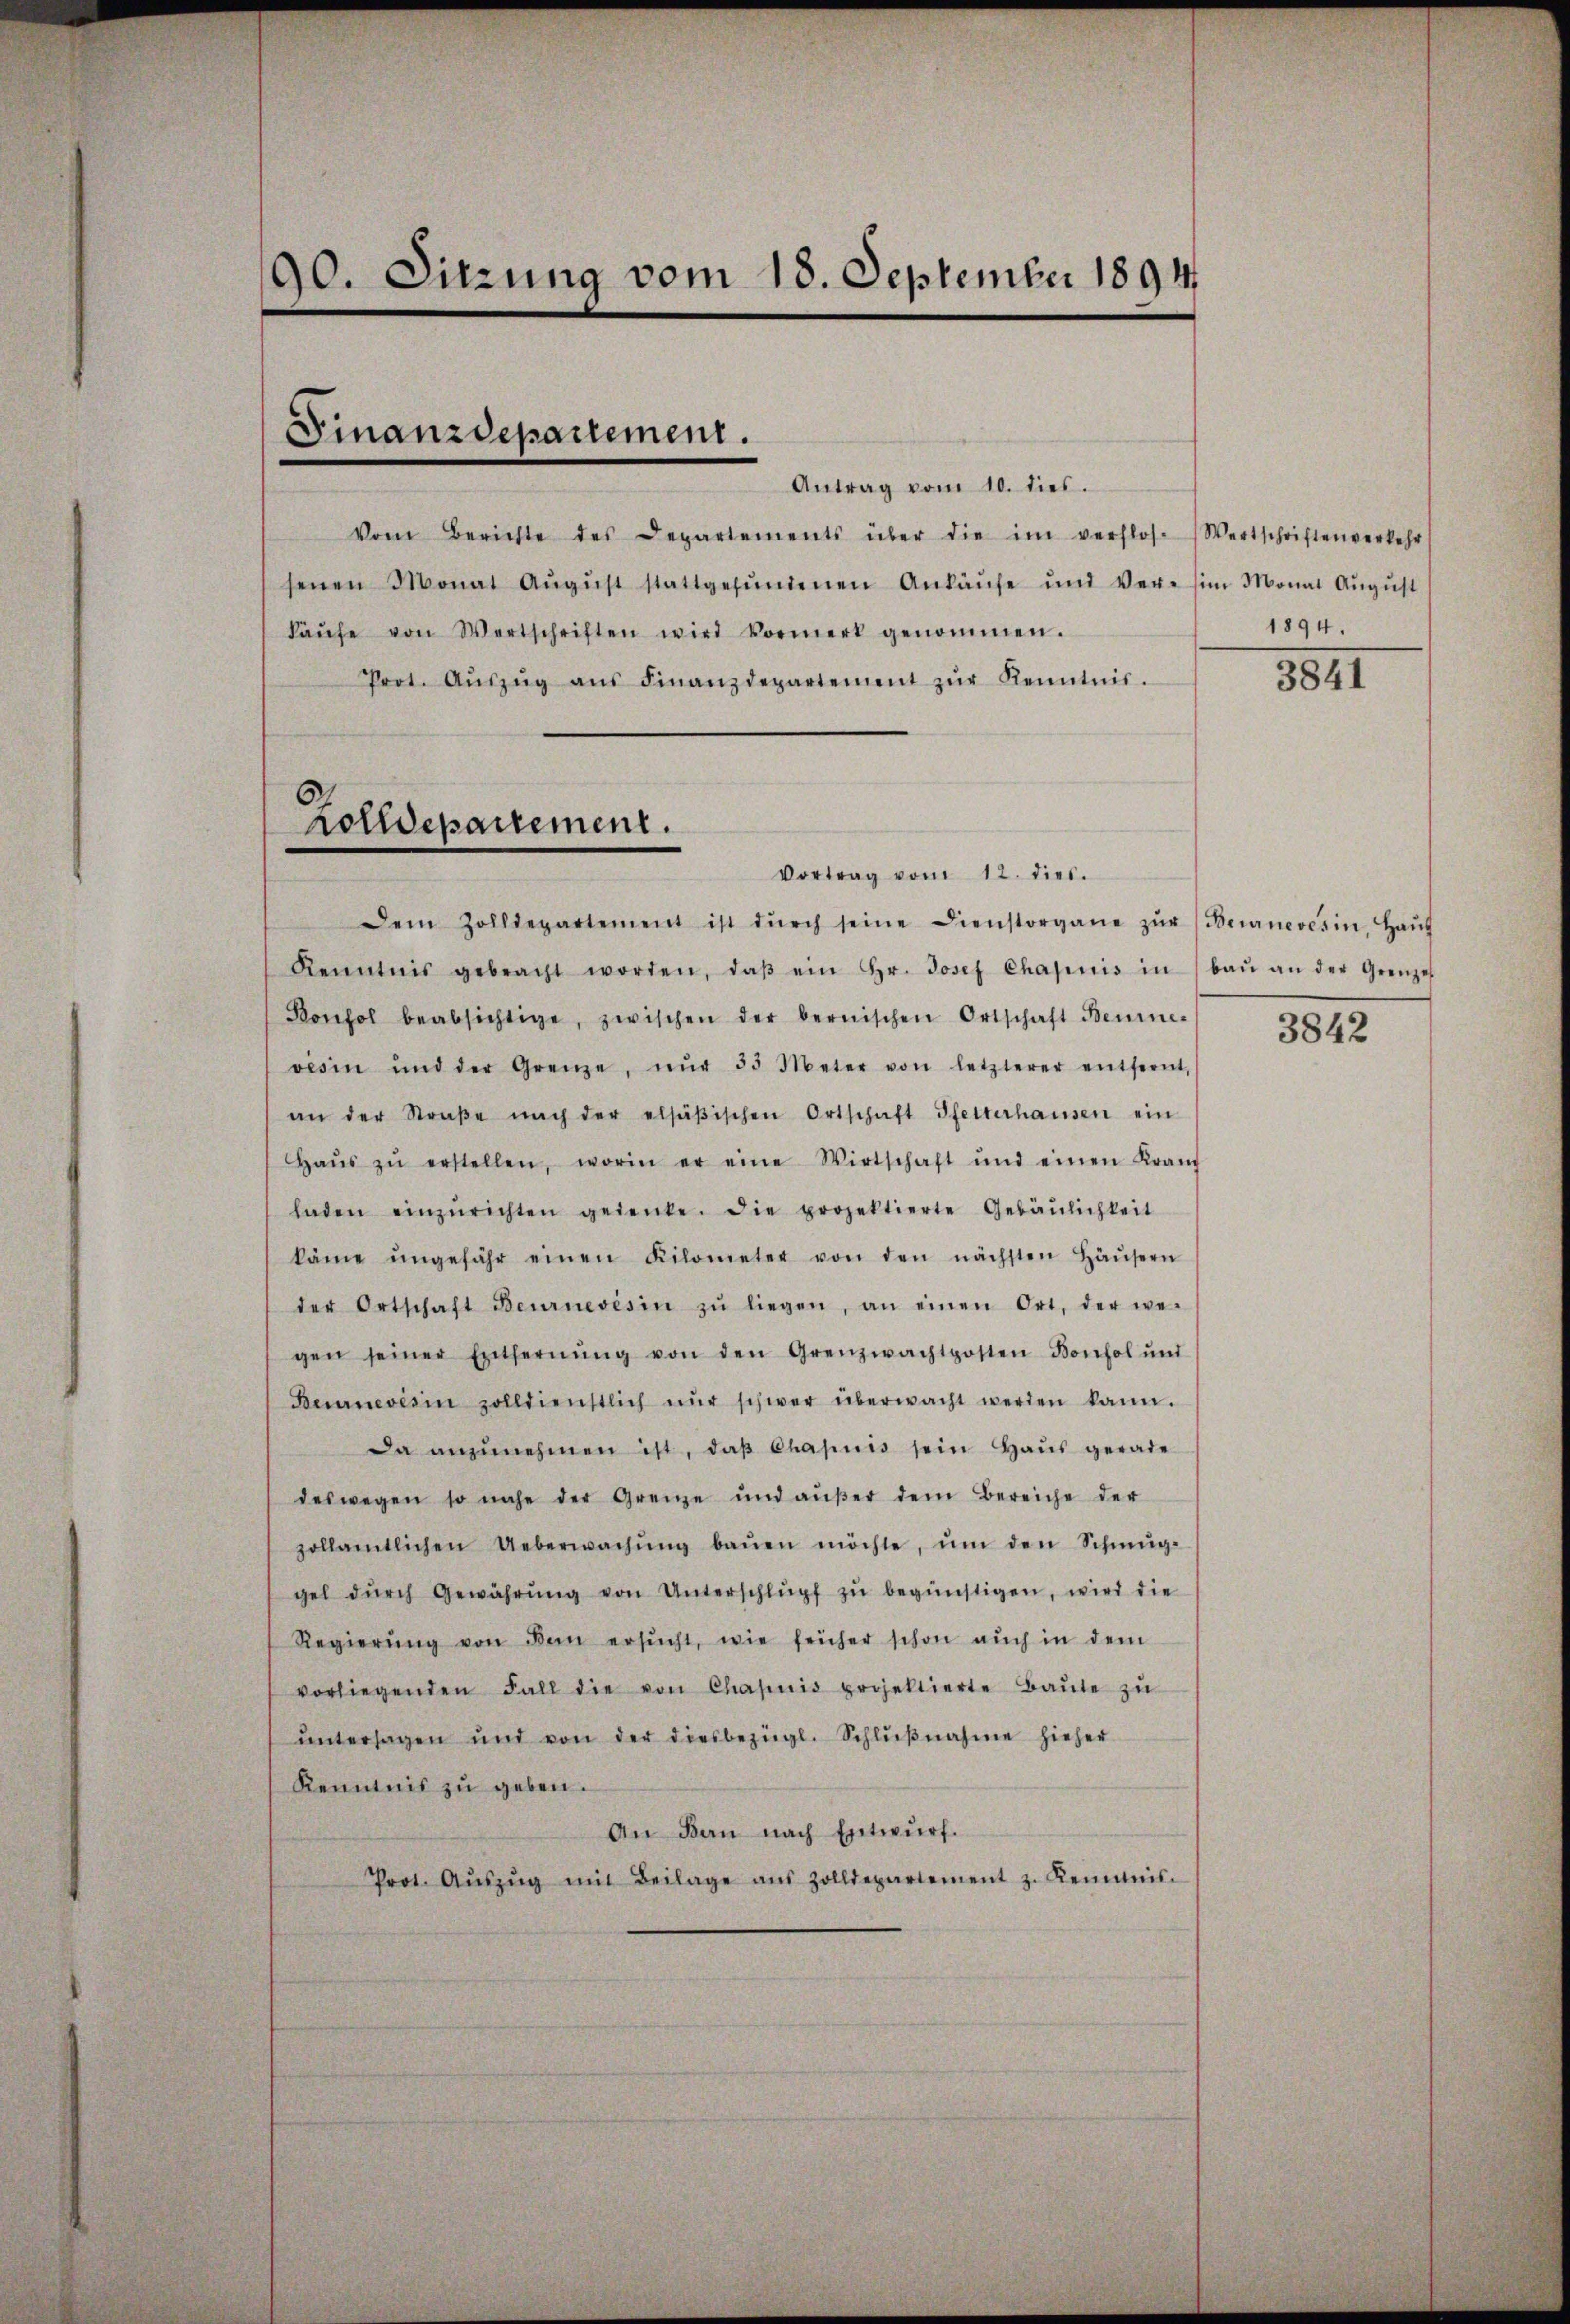
90. Sitzung vom 18. September 1894.

Finanzdepartement.

Vom Berichte des Departements über die im verflos-Wertschriftenverkehr
senen Monat Aŭgŭst stattgefŭndenen Ankaŭfe und Ver- im Monat Aŭgŭst
kaŭfe von Wertschriften wird Vormerk genommen.
Prot. Aŭszŭg aŭs Finanzdepartement zŭr Kenntnis.
Vortrag vom 12. dies.
Dem Zolldepartement ist dŭrch seine Dienstorgane zŭr Beurnevesin, Haŭs
Kenntnis gebracht worden, daβ ein Hr. Josef Chapuis in baŭ an der Grenzel
Bonfol beabsichtige, zwischen der bernischen Ortschaft Benine-
vesin und der Grenze, nŭr 35 Meter von letzterer entfernt,
an der Straβe nach der elsäβischen Ortschaft Pfetterhausen ein
Haŭs zŭ erstellen, worin er eine Wirtschaft und einen Kranz
laden einzŭrichten gedenke. Die projektierte Gebäŭlichkeit
käme ungefähr einen Kilometer von den nächsten Häŭsern
der Ortschaft Beurnevisin zŭ liegen, an einen Ort, der we-
gen seiner Entfernŭng von den Grenzwachtposten Bonfol ŭnd
Beurneverin zolldienstlich nŭr schwer überwacht werden kann.
Da anzŭnehmen ist, daβ Chapuis sein Haŭs gerade
deswegen so nahe der Grenze und aŭβer dem Bereiche der
zollamtlichen Ueberwachŭng baŭen möchte, ŭm den Schmug-
gel dŭrch Gewährŭng von Unterschlŭpf zŭ begünstigen, wird die
Regierŭng von dem ersŭcht, wie früher schon auch in dem
vorliegenden Fall die von Chapnis projektierte Baŭte zŭ
ŭntersagen und von der diesbezügl. Schlŭβnahme hieher
Kenntnis zu geben.
An Bau nach Entwŭrf.
Prot. Aŭszŭg mit Beilage aus Zolldepartement z. Kenntnis.

Zolldepartement.

1894.

5841

3842